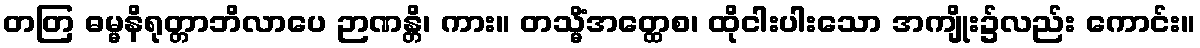
တတြ ဓမ္မနိရုတ္တာဘိလာပေ ဉာဏန္တိ၊ ကား။ တသ္မိံအတ္ထေစ၊ ထိုငါးပါးသော အကျိုး၌လည်း ကောင်း။